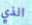
الذي